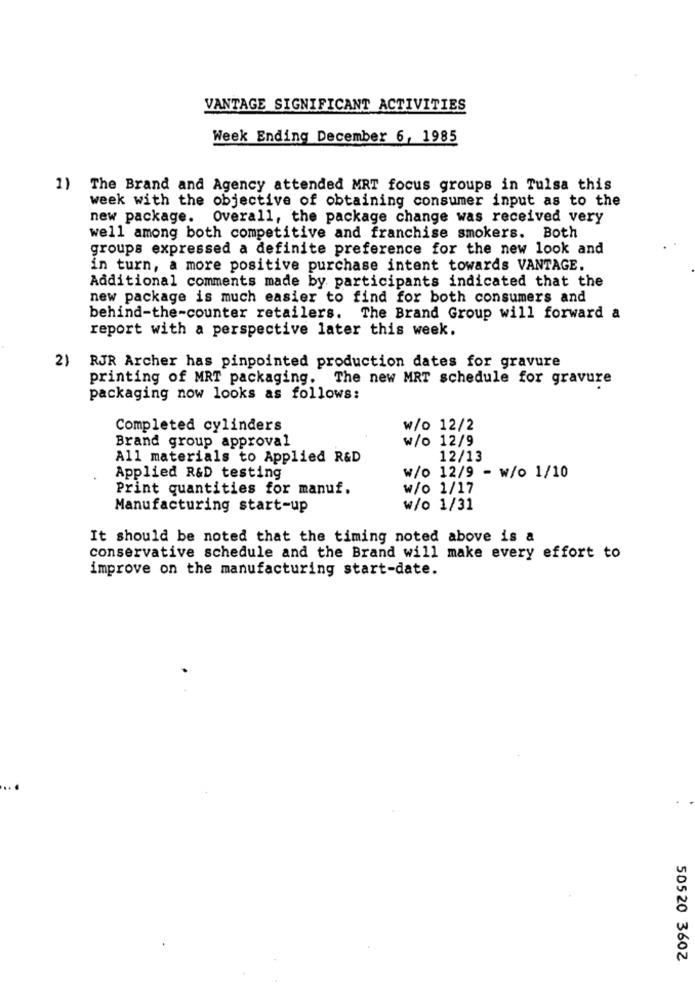
VANTAGE SIGNIFICANT ACTIVITIES
Week Ending December 6, 1985
The Brand and Agency attended MRT focus groups in Tulsa this
week with the objective of obtaining consumer input as to the
new package.
Overall, the package change was received very
well among both competitive and franchise smokers. Both
groups expressed a definite preference for the new look and
in turn, a more positive purchase intent towards VANTAGE.
Additional comments made by participants indicated that the
new package is much easier to find for both consumers and
behind-the-counter retailers. The Brand Group will forward a
report with a perspective later this week.
2)
RJR Archer has pinpointed production dates for gravure
printing of MRT packaging. The new MRT schedule for gravure
packaging now looks as follows:
Completed cylinders
w/o 12/2
w/o 12/9
Brand group approval
All materials to Applied R&D
12/13
Applied R&D testing
w/o 12/9 - w/o 1/10
Print quantities for manuf.
w/o 1/17
Manufacturing start-up
w/o 1/31
It should be noted that the timing noted above is a
conservative schedule and the Brand will make every effort to
improve on the manufacturing start-date.
50520 3602